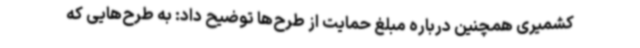
کشمیری همچنین درباره مبلغ حمایت از طرح‌ها توضیح داد: به طرح‌هایی که